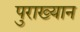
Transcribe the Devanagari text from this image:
पुराख्यान